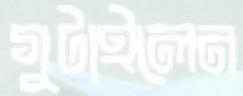
গুটাইলেন